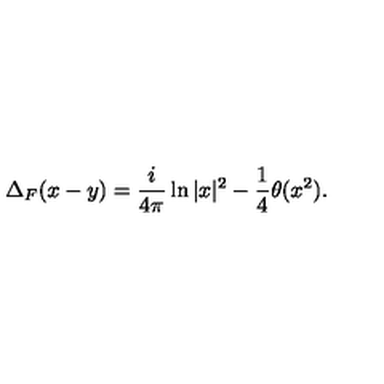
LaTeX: \Delta _ { F } ( x - y ) = \frac { i } { 4 \pi } \ln | x | ^ { 2 } - \frac { 1 } { 4 } \theta ( x ^ { 2 } ) .